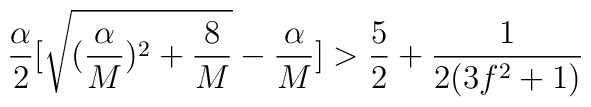
\frac{\alpha}{2}[\sqrt{(\frac{\alpha}{M})^2 + \frac{8}{M}}-\frac{\alpha}{M}] > \frac{5}{2} + \frac{1}{2(3f^2+1)}